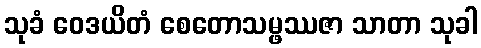
သုခံ ဝေဒယိတံ စေတောသမ္ဖဿဇာ သာတာ သုခါ